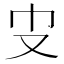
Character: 𠬥